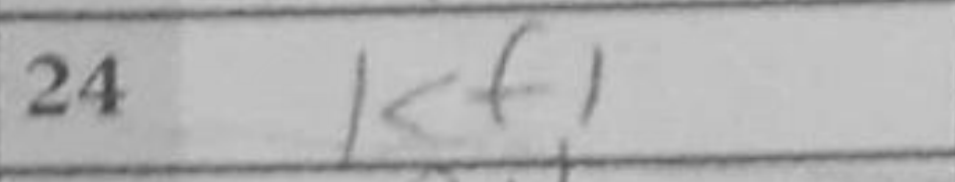
Transcription: Kf1